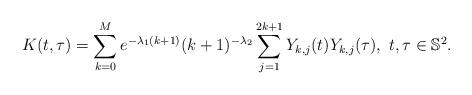
LaTeX: \begin{align*}K(t,\tau)=\sum_{k=0}^M e^{-\lambda_1(k+1)}(k+1)^{-\lambda_2}\sum_{j=1}^{2k+1} Y_{k,j}(t) Y_{k,j}(\tau),\ t,\tau\in\mathbb{S}^2.\end{align*}